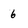
Character: 6